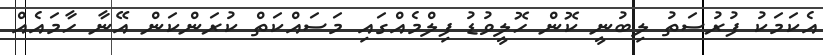
އެކަމަކު ފުރުސަތު ލިބުނީ ކޮން ހޮލީވުޑު ފިލްމެއްގައި މަސައްކަތް ކުރަންކަން އޭނާ ހާމައެއް